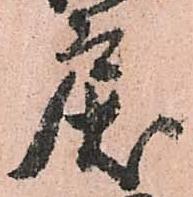
戻